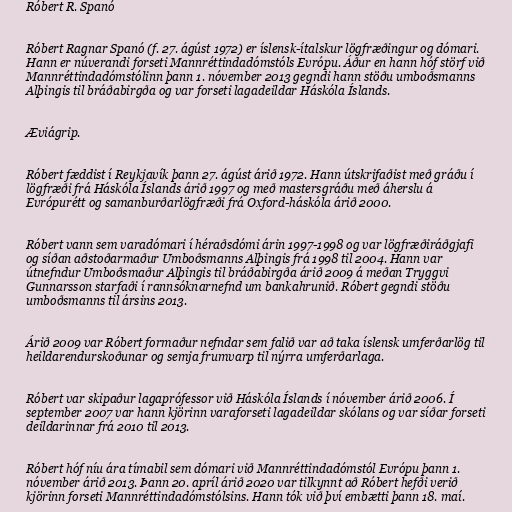
Róbert R. Spanó

Róbert Ragnar Spanó (f. 27. ágúst 1972) er íslensk-ítalskur lögfræðingur og dómari.
Hann er núverandi forseti Mannréttindadómstóls Evrópu. Áður en hann hóf störf við
Mannréttindadómstólinn þann 1. nóvember 2013 gegndi hann stöðu umboðsmanns
Alþingis til bráðabirgða og var forseti lagadeildar Háskóla Íslands.

Æviágrip.

Róbert fæddist í Reykjavík þann 27. ágúst árið 1972. Hann útskrifaðist með gráðu í
lögfræði frá Háskóla Íslands árið 1997 og með mastersgráðu með áherslu á
Evrópurétt og samanburðarlögfræði frá Oxford-háskóla árið 2000.

Róbert vann sem varadómari í héraðsdómi árin 1997-1998 og var lögfræðiráðgjafi
og síðan aðstoðarmaður Umboðsmanns Alþingis frá 1998 til 2004. Hann var
útnefndur Umboðsmaður Alþingis til bráðabirgða árið 2009 á meðan Tryggvi
Gunnarsson starfaði í rannsóknarnefnd um bankahrunið. Róbert gegndi stöðu
umboðsmanns til ársins 2013.

Árið 2009 var Róbert formaður nefndar sem falið var að taka íslensk umferðarlög til
heildarendurskoðunar og semja frumvarp til nýrra umferðarlaga.

Róbert var skipaður lagaprófessor við Háskóla Íslands í nóvember árið 2006. Í
september 2007 var hann kjörinn varaforseti lagadeildar skólans og var síðar forseti
deildarinnar frá 2010 til 2013.

Róbert hóf níu ára tímabil sem dómari við Mannréttindadómstól Evrópu þann 1.
nóvember árið 2013. Þann 20. apríl árið 2020 var tilkynnt að Róbert hefði verið
kjörinn forseti Mannréttindadómstólsins. Hann tók við því embætti þann 18. maí.